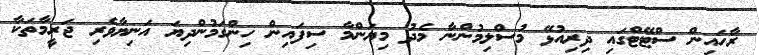
ރާހައިން ސްޓޭޓްގައި ދިރިއުޅޭ މުސްލިމުންނާ މެދު މިޔަންމާ ސިފައިން ހިންގަމުންދިޔަ އަނިޔާވެރި ޖަރީމާތަކާ